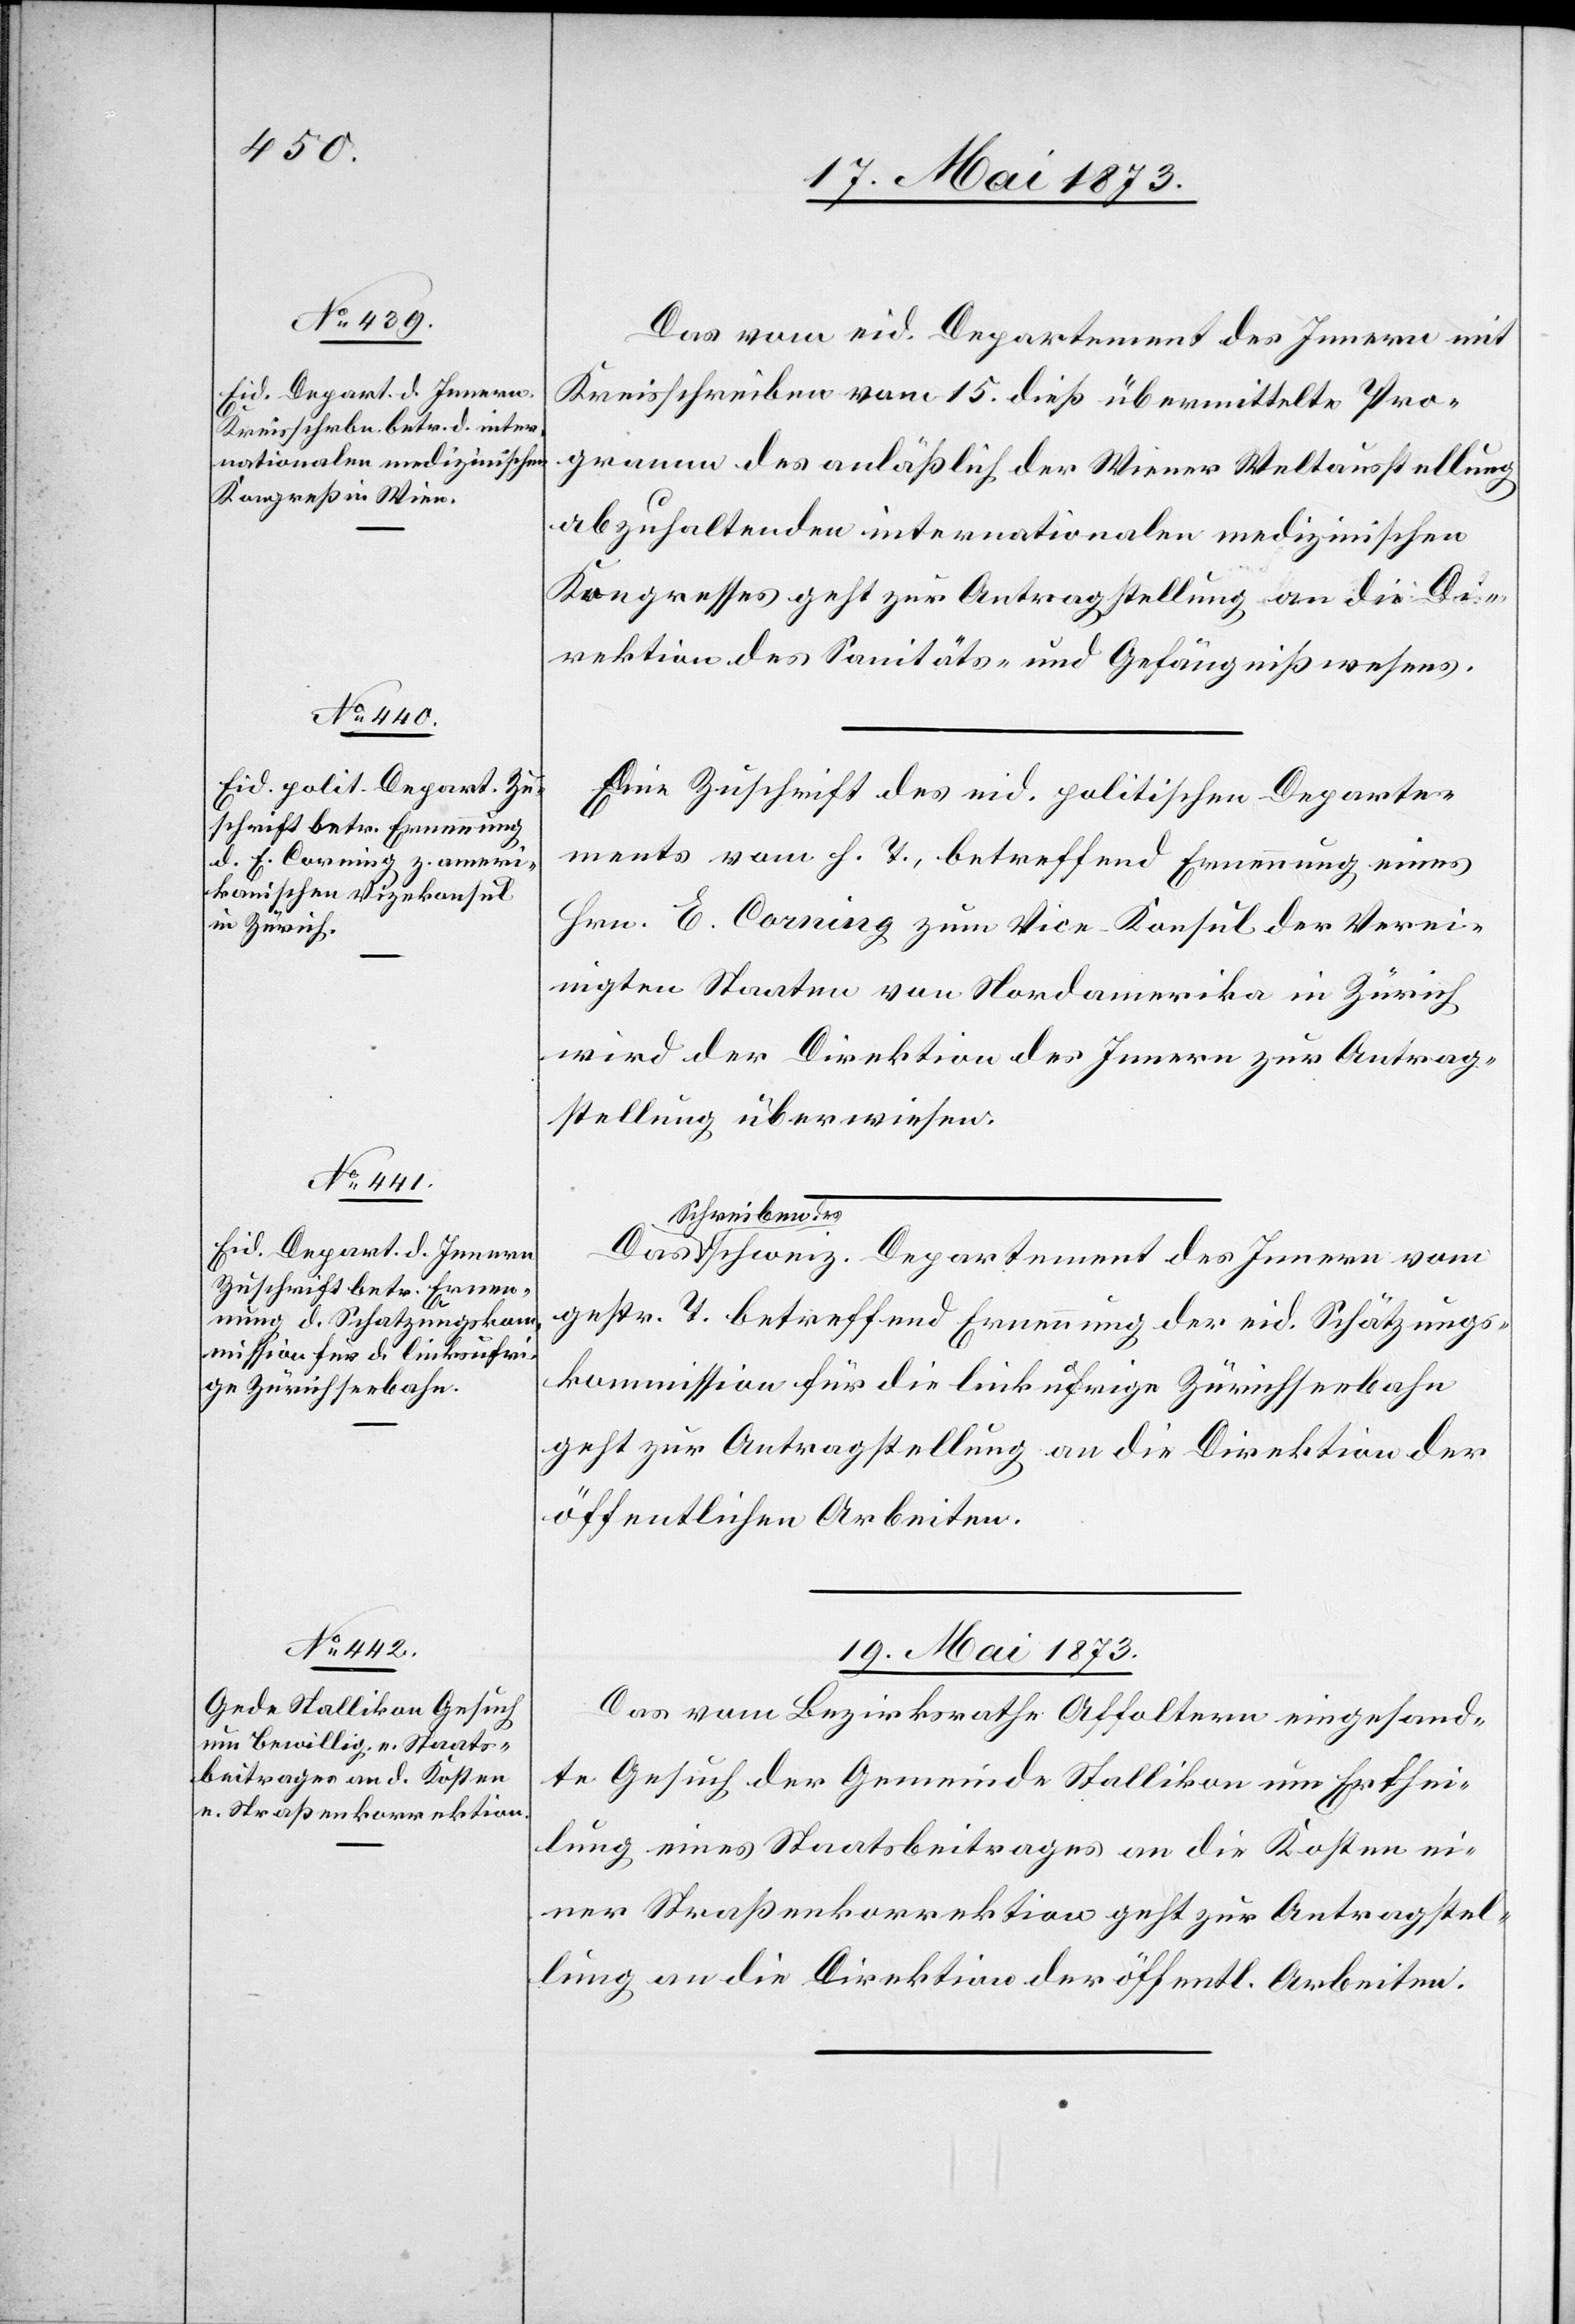
17. Mai 1873]
Das vom eid. Departement des Innern mit
Kreisschreiben vom 15. dieß übermittelte Pro¬
gramm des anläßlich der Wiener Weltausstellung
abzuhaltenden internationalen medizinischen
Kongresses geht zur Antragstellung an die Di¬
rektion des Sanitäts- und Gefängnißwesens.
Eine Zuschrift des eid. politischen Departe¬
ments vom h. T., betreffend Ernennung eines
Hrn. E. Corning zum Vice-Konsul der Verei¬
nigten Staaten von Nordamerika in Zürich
wird der Direktion des Innern zur Antrag¬
stellung überwiesen.
Schreiben de¬
s schweiz. Departement des Innern vom
gestr. T. betreffend Ernennung der eid. Schätzungs¬
kommission für die linkufrige Zürichseebahn
geht zur Antragstellung an die Direktion der
öffentlichen Arbeiten.
19. Mai 1873
Das vom Bezirksrathe Affoltern eingesand¬
te Gesuch der Gemeinde Stallikon um Erthei¬
lung eines Staatsbeitrages an die Kosten ei¬
ner Straßenkorrektion geht zur Antragstel¬
lung an die Direktion der öffentl. Arbeiten.